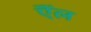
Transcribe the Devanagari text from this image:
ऎंल